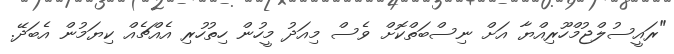
"ރައީސުލްޖުމްހޫރިއްޔާ އަށް ނިސްބަތްކޮށް ވެސް މިއަދު މީހުން ހިތުހުރި އެއްޗެއް ކިޔަމުން އެބަދޭ.